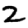
Digit: 2